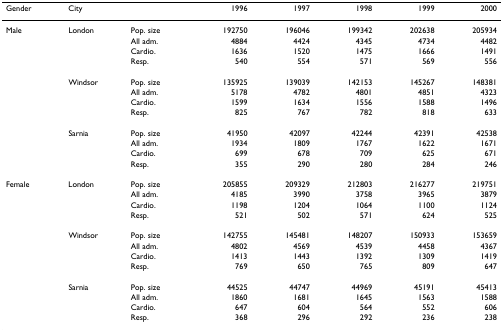
<table><thead><tr><td><b>Gender</b></td><td><b>City</b></td><td></td><td><b>1996</b></td><td><b>1997</b></td><td><b>1998</b></td><td><b>1999</b></td><td><b>2000</b></td></tr></thead><tbody><tr><td>Male</td><td>London</td><td>Pop. size</td><td>192750</td><td>196046</td><td>199342</td><td>202638</td><td>205934</td></tr><tr><td></td><td></td><td>All adm.</td><td>4884</td><td>4424</td><td>4345</td><td>4734</td><td>4482</td></tr><tr><td></td><td></td><td>Cardio.</td><td>1636</td><td>1520</td><td>1475</td><td>1666</td><td>1491</td></tr><tr><td></td><td></td><td>Resp.</td><td>540</td><td>554</td><td>571</td><td>569</td><td>556</td></tr><tr><td></td><td>Windsor</td><td>Pop. size</td><td>135925</td><td>139039</td><td>142153</td><td>145267</td><td>148381</td></tr><tr><td></td><td></td><td>All adm.</td><td>5178</td><td>4782</td><td>4801</td><td>4851</td><td>4323</td></tr><tr><td></td><td></td><td>Cardio.</td><td>1599</td><td>1634</td><td>1556</td><td>1588</td><td>1496</td></tr><tr><td></td><td></td><td>Resp.</td><td>825</td><td>767</td><td>782</td><td>818</td><td>633</td></tr><tr><td></td><td>Sarnia</td><td>Pop. size</td><td>41950</td><td>42097</td><td>42244</td><td>42391</td><td>42538</td></tr><tr><td></td><td></td><td>All adm.</td><td>1934</td><td>1809</td><td>1767</td><td>1622</td><td>1671</td></tr><tr><td></td><td></td><td>Cardio.</td><td>699</td><td>678</td><td>709</td><td>625</td><td>671</td></tr><tr><td></td><td></td><td>Resp.</td><td>355</td><td>290</td><td>280</td><td>284</td><td>246</td></tr><tr><td>Female</td><td>London</td><td>Pop. size</td><td>205855</td><td>209329</td><td>212803</td><td>216277</td><td>219751</td></tr><tr><td></td><td></td><td>All adm.</td><td>4185</td><td>3990</td><td>3758</td><td>3965</td><td>3879</td></tr><tr><td></td><td></td><td>Cardio.</td><td>1198</td><td>1204</td><td>1064</td><td>1100</td><td>1124</td></tr><tr><td></td><td></td><td>Resp.</td><td>521</td><td>502</td><td>571</td><td>624</td><td>525</td></tr><tr><td></td><td>Windsor</td><td>Pop. size</td><td>142755</td><td>145481</td><td>148207</td><td>150933</td><td>153659</td></tr><tr><td></td><td></td><td>All adm.</td><td>4802</td><td>4569</td><td>4539</td><td>4458</td><td>4367</td></tr><tr><td></td><td></td><td>Cardio.</td><td>1413</td><td>1443</td><td>1392</td><td>1309</td><td>1419</td></tr><tr><td></td><td></td><td>Resp.</td><td>769</td><td>650</td><td>765</td><td>809</td><td>647</td></tr><tr><td></td><td>Sarnia</td><td>Pop. size</td><td>44525</td><td>44747</td><td>44969</td><td>45191</td><td>45413</td></tr><tr><td></td><td></td><td>All adm.</td><td>1860</td><td>1681</td><td>1645</td><td>1563</td><td>1588</td></tr><tr><td></td><td></td><td>Cardio.</td><td>647</td><td>604</td><td>564</td><td>552</td><td>606</td></tr><tr><td></td><td></td><td>Resp.</td><td>368</td><td>296</td><td>292</td><td>236</td><td>238</td></tr></tbody></table>